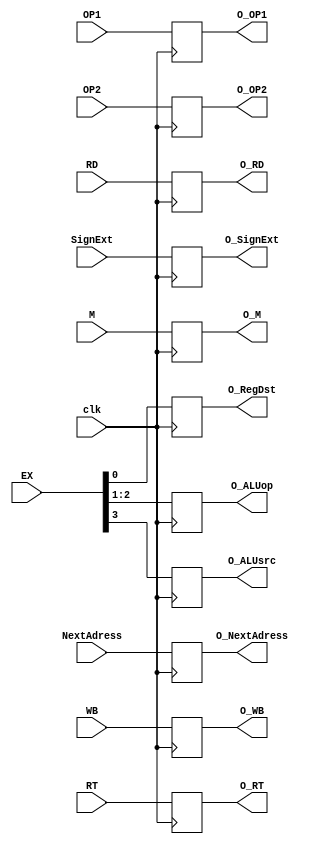
module IDEX(
    input clk,
    input [1:0]WB,
    input [2:0]M,
    input [3:0]EX,
    input [31:0]NextAdress,
    input [31:0]OP1,
    input [31:0]OP2,
    input [31:0]SignExt,
    input [4:0]RT,
    input [4:0]RD,
    output reg [1:0]O_WB,
    output reg [2:0]O_M,
    output reg O_RegDst,
    output reg [1:0]O_ALUop,
    output reg O_ALUsrc,
    output reg [31:0]O_NextAdress,
    output reg [31:0]O_OP1,
    output reg [31:0]O_OP2,
    output reg [31:0]O_SignExt,
    output reg [4:0]O_RT,
    output reg [4:0]O_RD
);

always @(posedge clk ) begin
    O_WB = WB;
    O_M = M;
    O_RegDst = EX[0];
    O_ALUop = EX[2:1];
    O_ALUsrc = EX[3]; 
    O_NextAdress = NextAdress;
    O_OP1 = OP1;
    O_OP2 = OP2;
    O_SignExt = SignExt;
    O_RT = RT;
    O_RD = RD;
end

endmodule